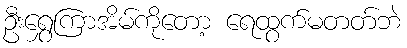
ဦးရွှေကြာအိမ်ကိုတော့ ရေထွက်မတတ်ဘဲ